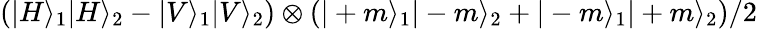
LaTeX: \left(|H\rangle_{1}|H\rangle_{2}-|V\rangle_{1}|V\rangle_{2}\right)\otimes\left(|+m\rangle_{1}|-m\rangle_{2}+|-m\rangle_{1}|+m\rangle_{2}\right)/2